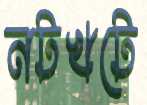
নটখটে